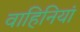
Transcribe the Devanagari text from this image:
वाहिनियां